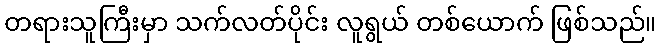
တရားသူကြီးမှာ သက်လတ်ပိုင်း လူရွယ် တစ်ယောက် ဖြစ်သည်။